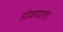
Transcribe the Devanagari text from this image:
डोळयाला